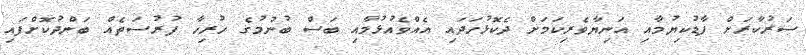
ސަރުކާރަށް ފާޑުކިޔުމާއި އަނިޔާވެރިކަމަށް ދެކޮޅުހަދައި އެއްވެއުޅުމާއި ބަސް ބުނުމުގެ ހުރިހާ ފުރުސަތެއް ބަންދުކޮށްފައި